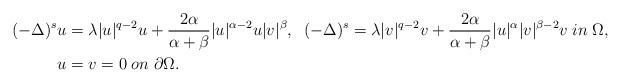
LaTeX: \begin{align*}(-\Delta )^s u & = \lambda |u|^{q-2}u + \frac{2\alpha}{\alpha+\beta}|u|^{\alpha -2}u |v|^{\beta},\; \; (-\Delta )^s = \lambda |v|^{q-2}v + \frac{2\alpha}{\alpha+\beta}|u|^{\alpha} |v|^{\beta-2}v \; in \; \Omega,\\u&=v=0 \; on \; \partial \Omega.\end{align*}